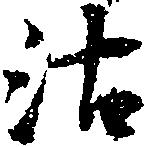
沽